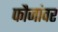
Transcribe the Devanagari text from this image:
फौजांवर